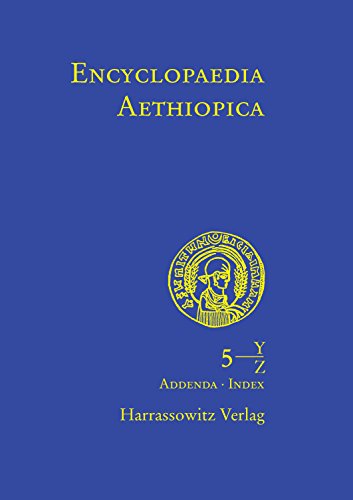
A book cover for Encyclopaedia Aethiopica: Y-Z: Addenda et Corrigenda, Maps, Index; History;